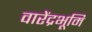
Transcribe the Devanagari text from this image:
वारेंद्रभूमि